59_64634_711.5612[7-2852
Agency: Department of State
Incident date: 7/18/52
Page 2
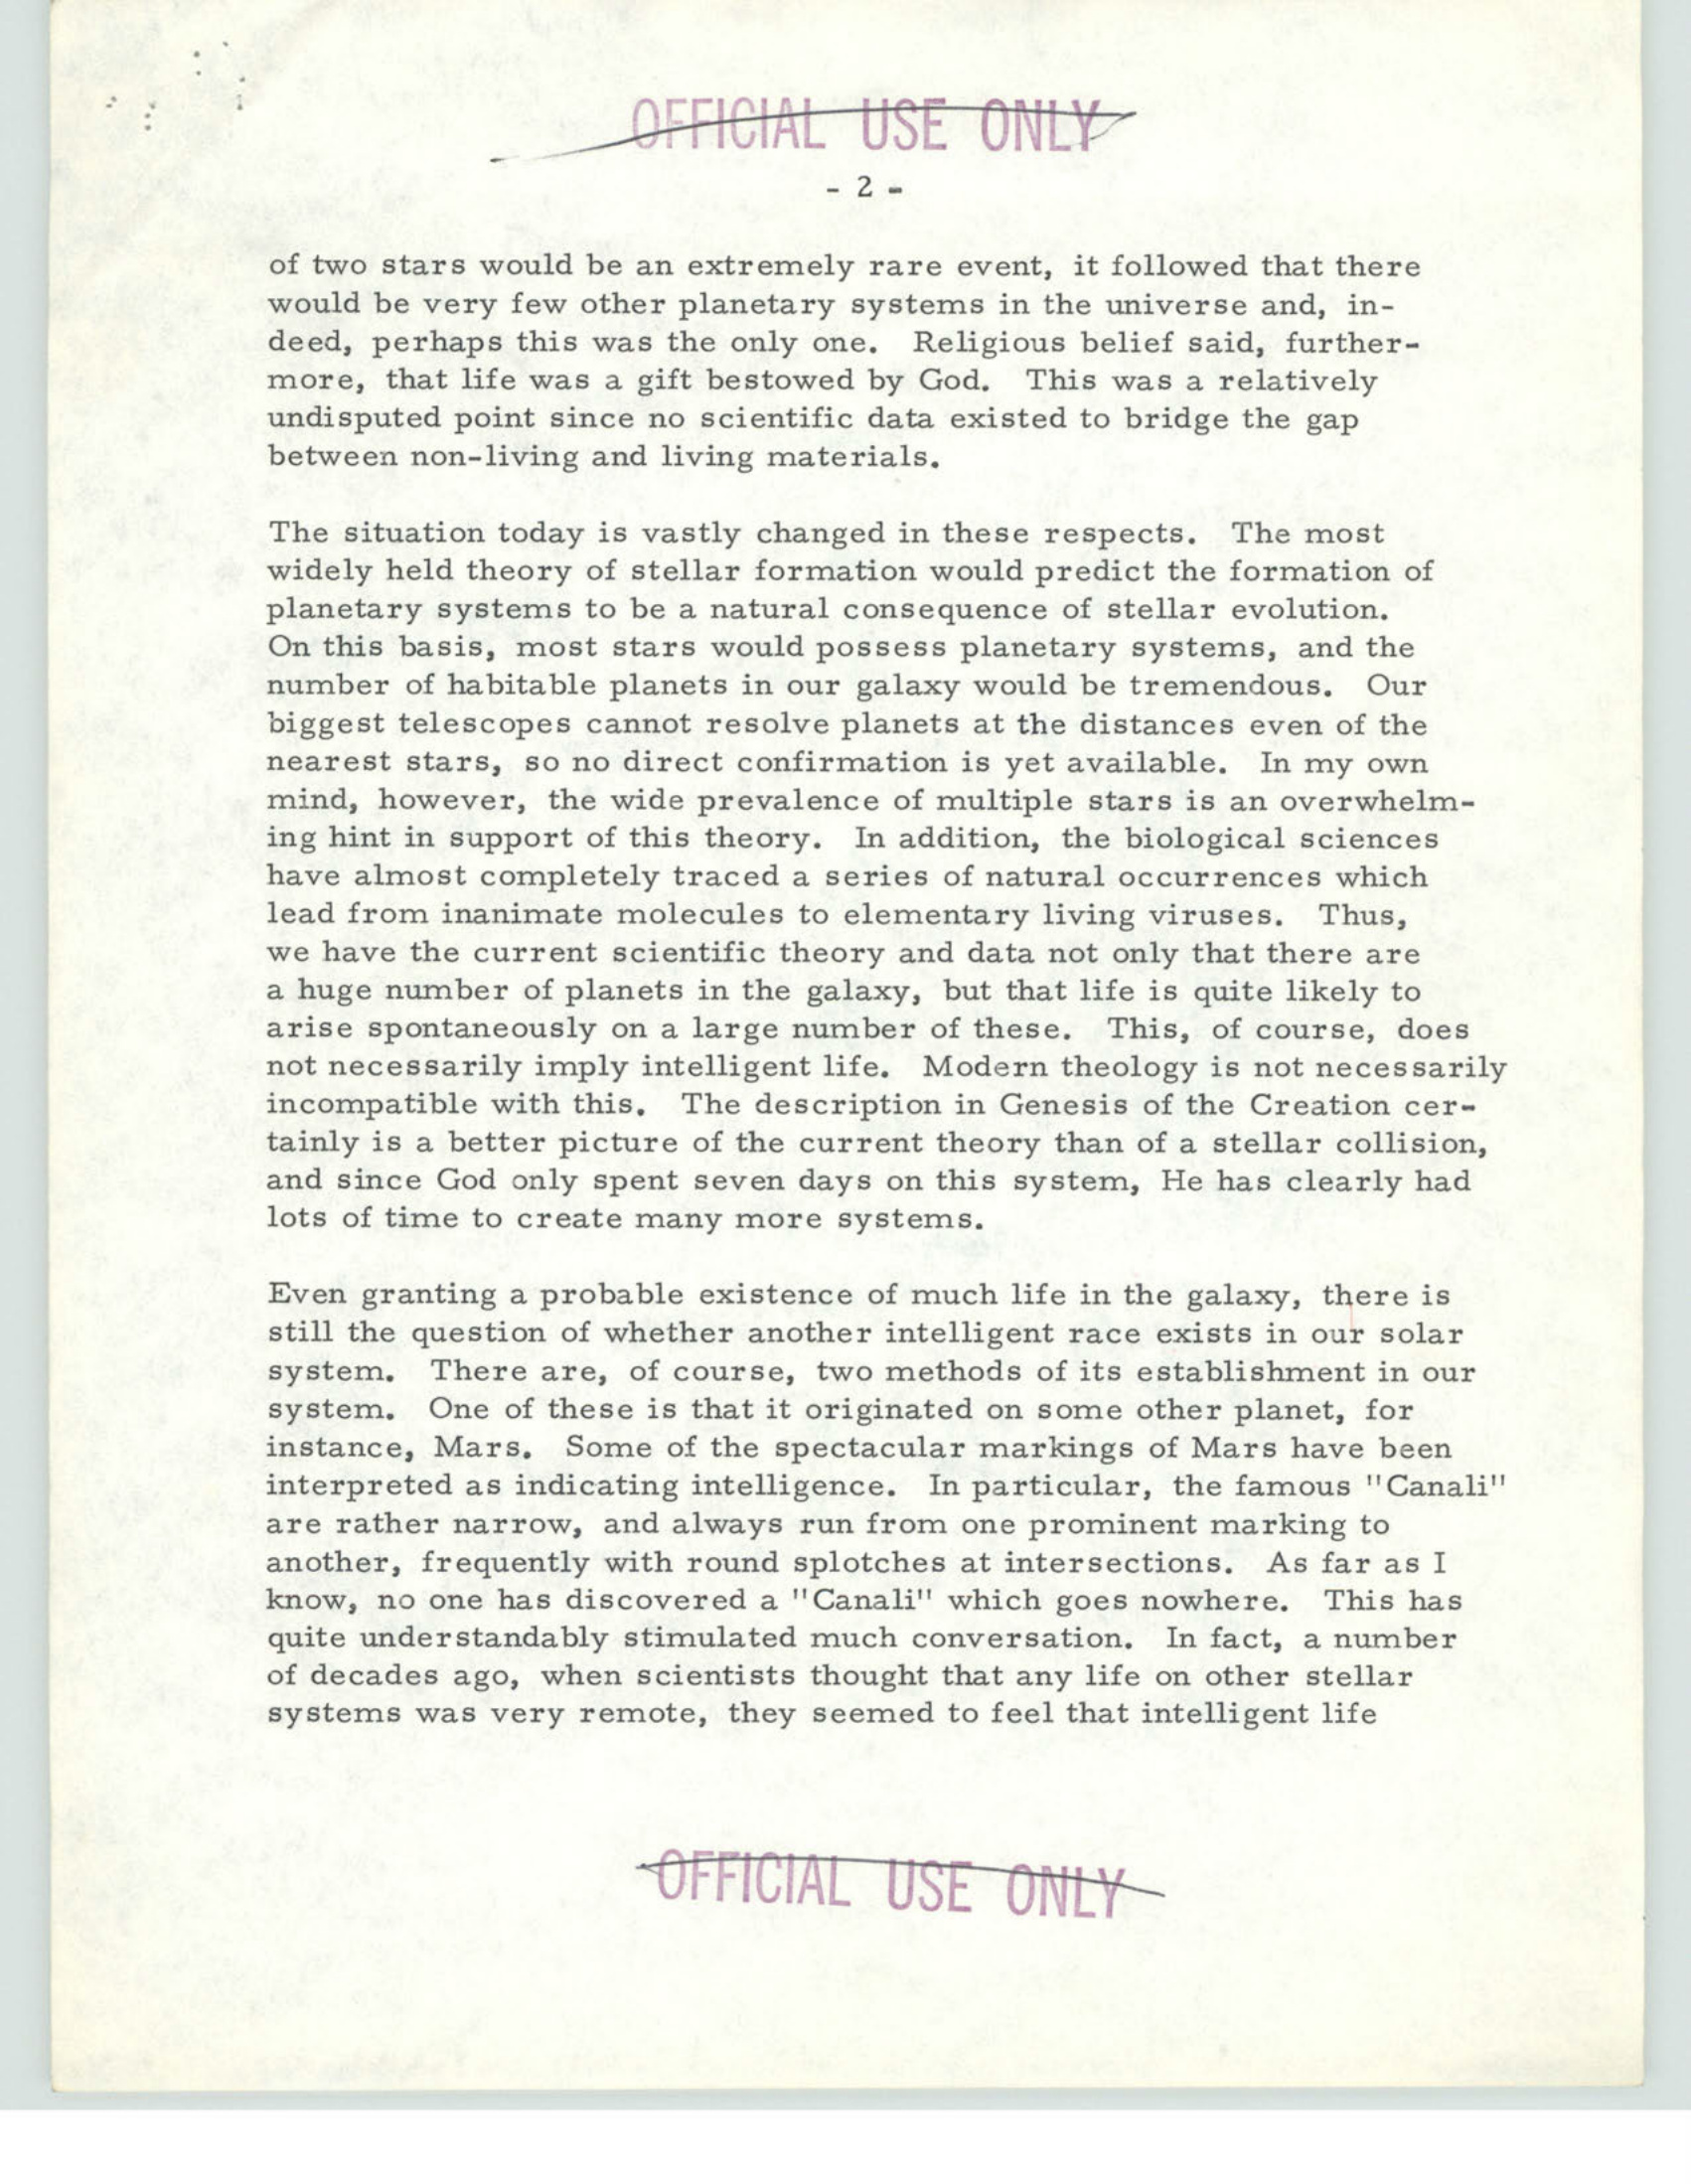